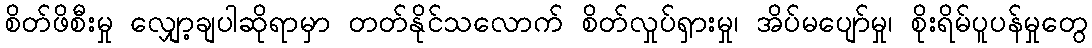
စိတ်ဖိစီးမှု လျှော့ချပါဆိုရာမှာ တတ်နိုင်သလောက် စိတ်လှုပ်ရှားမှု၊ အိပ်မပျော်မှု၊ စိုးရိမ်ပူပန်မှုတွေ